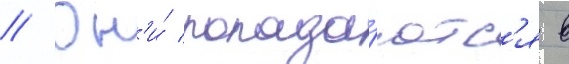
// Он'и́ попада́ютс'я в